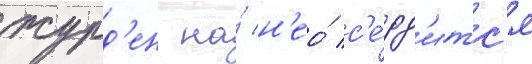
журд'ен на́ н'ео́ с'е́рд'итс'я